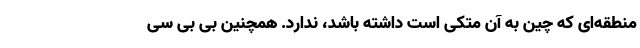
منطقه‌ای که چین به آن متکی است داشته باشد، ندارد. همچنین بی بی سی